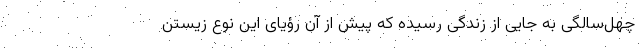
چهل‌سالگی به جایی از زندگی رسیده که پیش از آن رؤیای این نوع زیستن